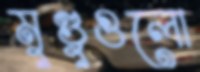
মুণ্ডুগুলো